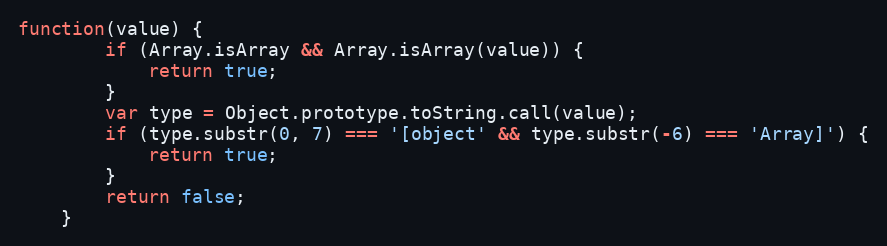
Language: JavaScript
function(value) {
		if (Array.isArray && Array.isArray(value)) {
			return true;
		}
		var type = Object.prototype.toString.call(value);
		if (type.substr(0, 7) === '[object' && type.substr(-6) === 'Array]') {
			return true;
		}
		return false;
	}